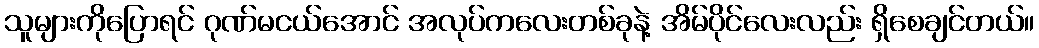
သူများကိုပြောရင် ဂုဏ်မငယ်အောင် အလုပ်ကလေးတစ်ခုနဲ့ အိမ်ပိုင်လေးလည်း ရှိစေချင်တယ်။